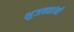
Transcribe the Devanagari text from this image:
भुजबळांनी